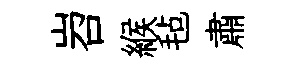
岧緱毡肅